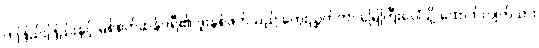
တဖြည်းဖြည်းနှင့် မစ်စက်ဆန်ဒရီ၏ ဒူးနှစ်ဖက်သည် ကွေးညွှတ်ကာ မြေကြီးပေါ်သို့ ထောက်လျက်သား